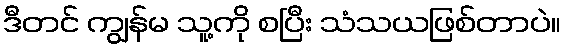
ဒီတင် ကျွန်မ သူ့ကို စပြီး သံသယဖြစ်တာပဲ။